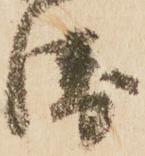
衛